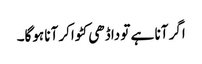
اگر آنا ہے تو داڈھی کٹواکر آنا ہوگا۔